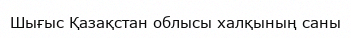
Шығыс Қазақстан облысы халқының саны